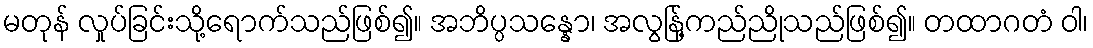
မတုန် လှုပ်ခြင်းသို့ရောက်သည်ဖြစ်၍။ အဘိပ္ပသန္နော၊ အလွန်ြ့ကည်ညိုသည်ဖြစ်၍။ တထာဂတံ ဝါ၊